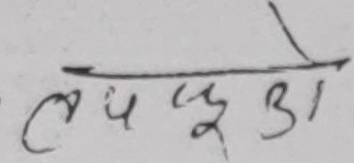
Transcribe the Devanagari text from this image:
लप३ी